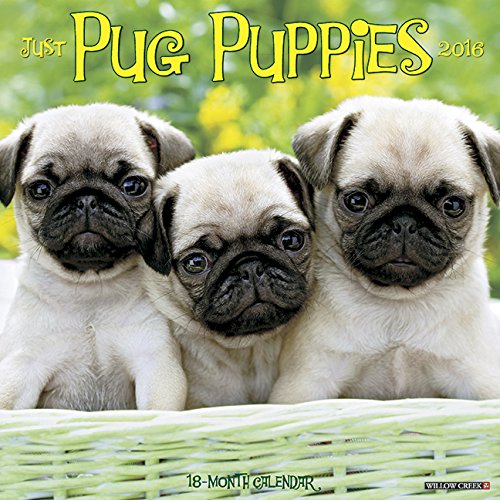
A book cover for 2016 Just Pug Puppies Wall Calendar; Willow Creek Press; Calendars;